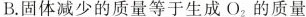
B.固体减少的质量等于生成O_{2}。的质量